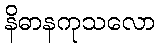
နိဓာနကုသလော